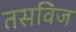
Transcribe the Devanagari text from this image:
तसविज